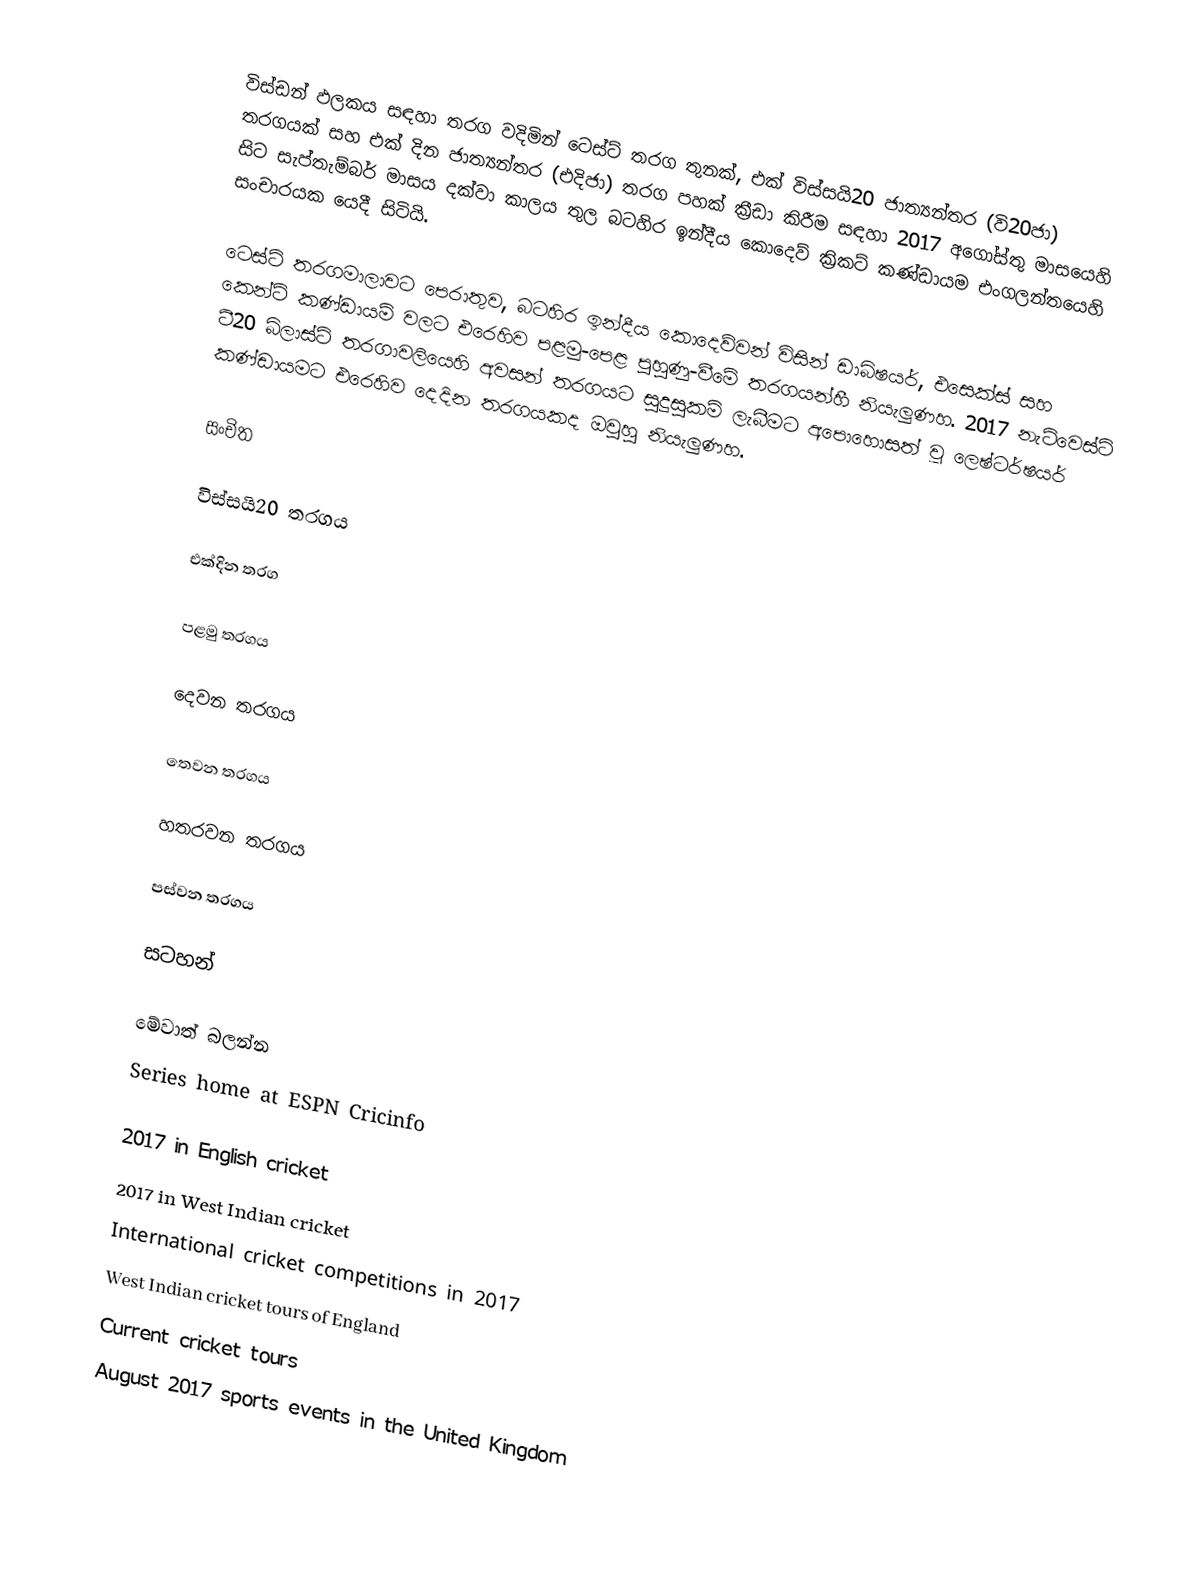
විස්ඩන් ඵලකය සඳහා තරග වදිමින් ටෙස්ට් තරග තුනක්, එක් විස්සයි20 ජාත්‍යන්තර (වි20ජා)  තරගයක් සහ එක් දින ජාත්‍යන්තර  (එදිජා) තරග පහක් ක්‍රීඩා කිරීම සඳහා 2017 අගෝස්තු මාසයෙහි සිට සැප්තැම්බර් මාසය දක්වා කාලය තුල බටහිර ඉන්දීය කොදෙව් ක්‍රිකට් කණ්ඩායම එංගලන්තයෙහි සංචාරයක යෙදී සිටියි.

ටෙස්ට් තරගමාලාවට පෙරාතුව, බටහිර ඉන්දීය කොදෙව්වන් විසින්   ඩාබිෂයර්, එසෙක්ස් සහ කෙන්ට් කණ්ඩායම් වලට එරෙහිව පළමු-පෙළ පුහුණු-වීමේ තරගයන්හී නියැලුණහ. 2017 නැට්වෙස්ට් ටී20 බ්ලාස්ට් තරගාවලියෙහි අවසන් තරගයට සුදුසුකම් ලැබීමට අපොහොසත් වූ  ලෙෂ්ටර්ෂයර් කණ්ඩායමට එරෙහිව දෙදින තරගයකද ඔවුහු නියැලුණහ.

සංචිත

විස්සයි20 තරගය

එක්දින තරග

පළමු තරගය

දෙවන තරගය

තෙවන තරගය

හතරවන තරගය

පස්වන තරගය

සටහන්

මේවාත් බලන්න
 Series home at ESPN Cricinfo

2017 in English cricket
2017 in West Indian cricket
International cricket competitions in 2017
West Indian cricket tours of England
Current cricket tours
August 2017 sports events in the United Kingdom